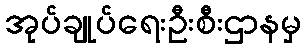
အုပ်ချုပ်ရေးဦးစီးဌာနမှ